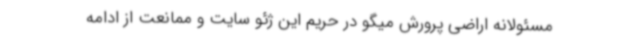
مسئولانه اراضی پرورش میگو در حریم این ژئو سایت و ممانعت از ادامه